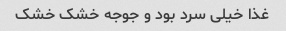
غذا خیلی سرد بود و جوجه خشک خشک